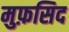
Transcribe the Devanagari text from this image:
मुफ़सिद